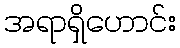
အရာရှိဟောင်း